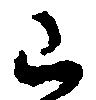
山